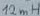
Text: 12mh